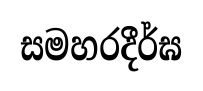
සමහරදීර්ඝ